65_HS1-834228961_62-HQ-83894_Section_5
Agency: FBI
Page 135
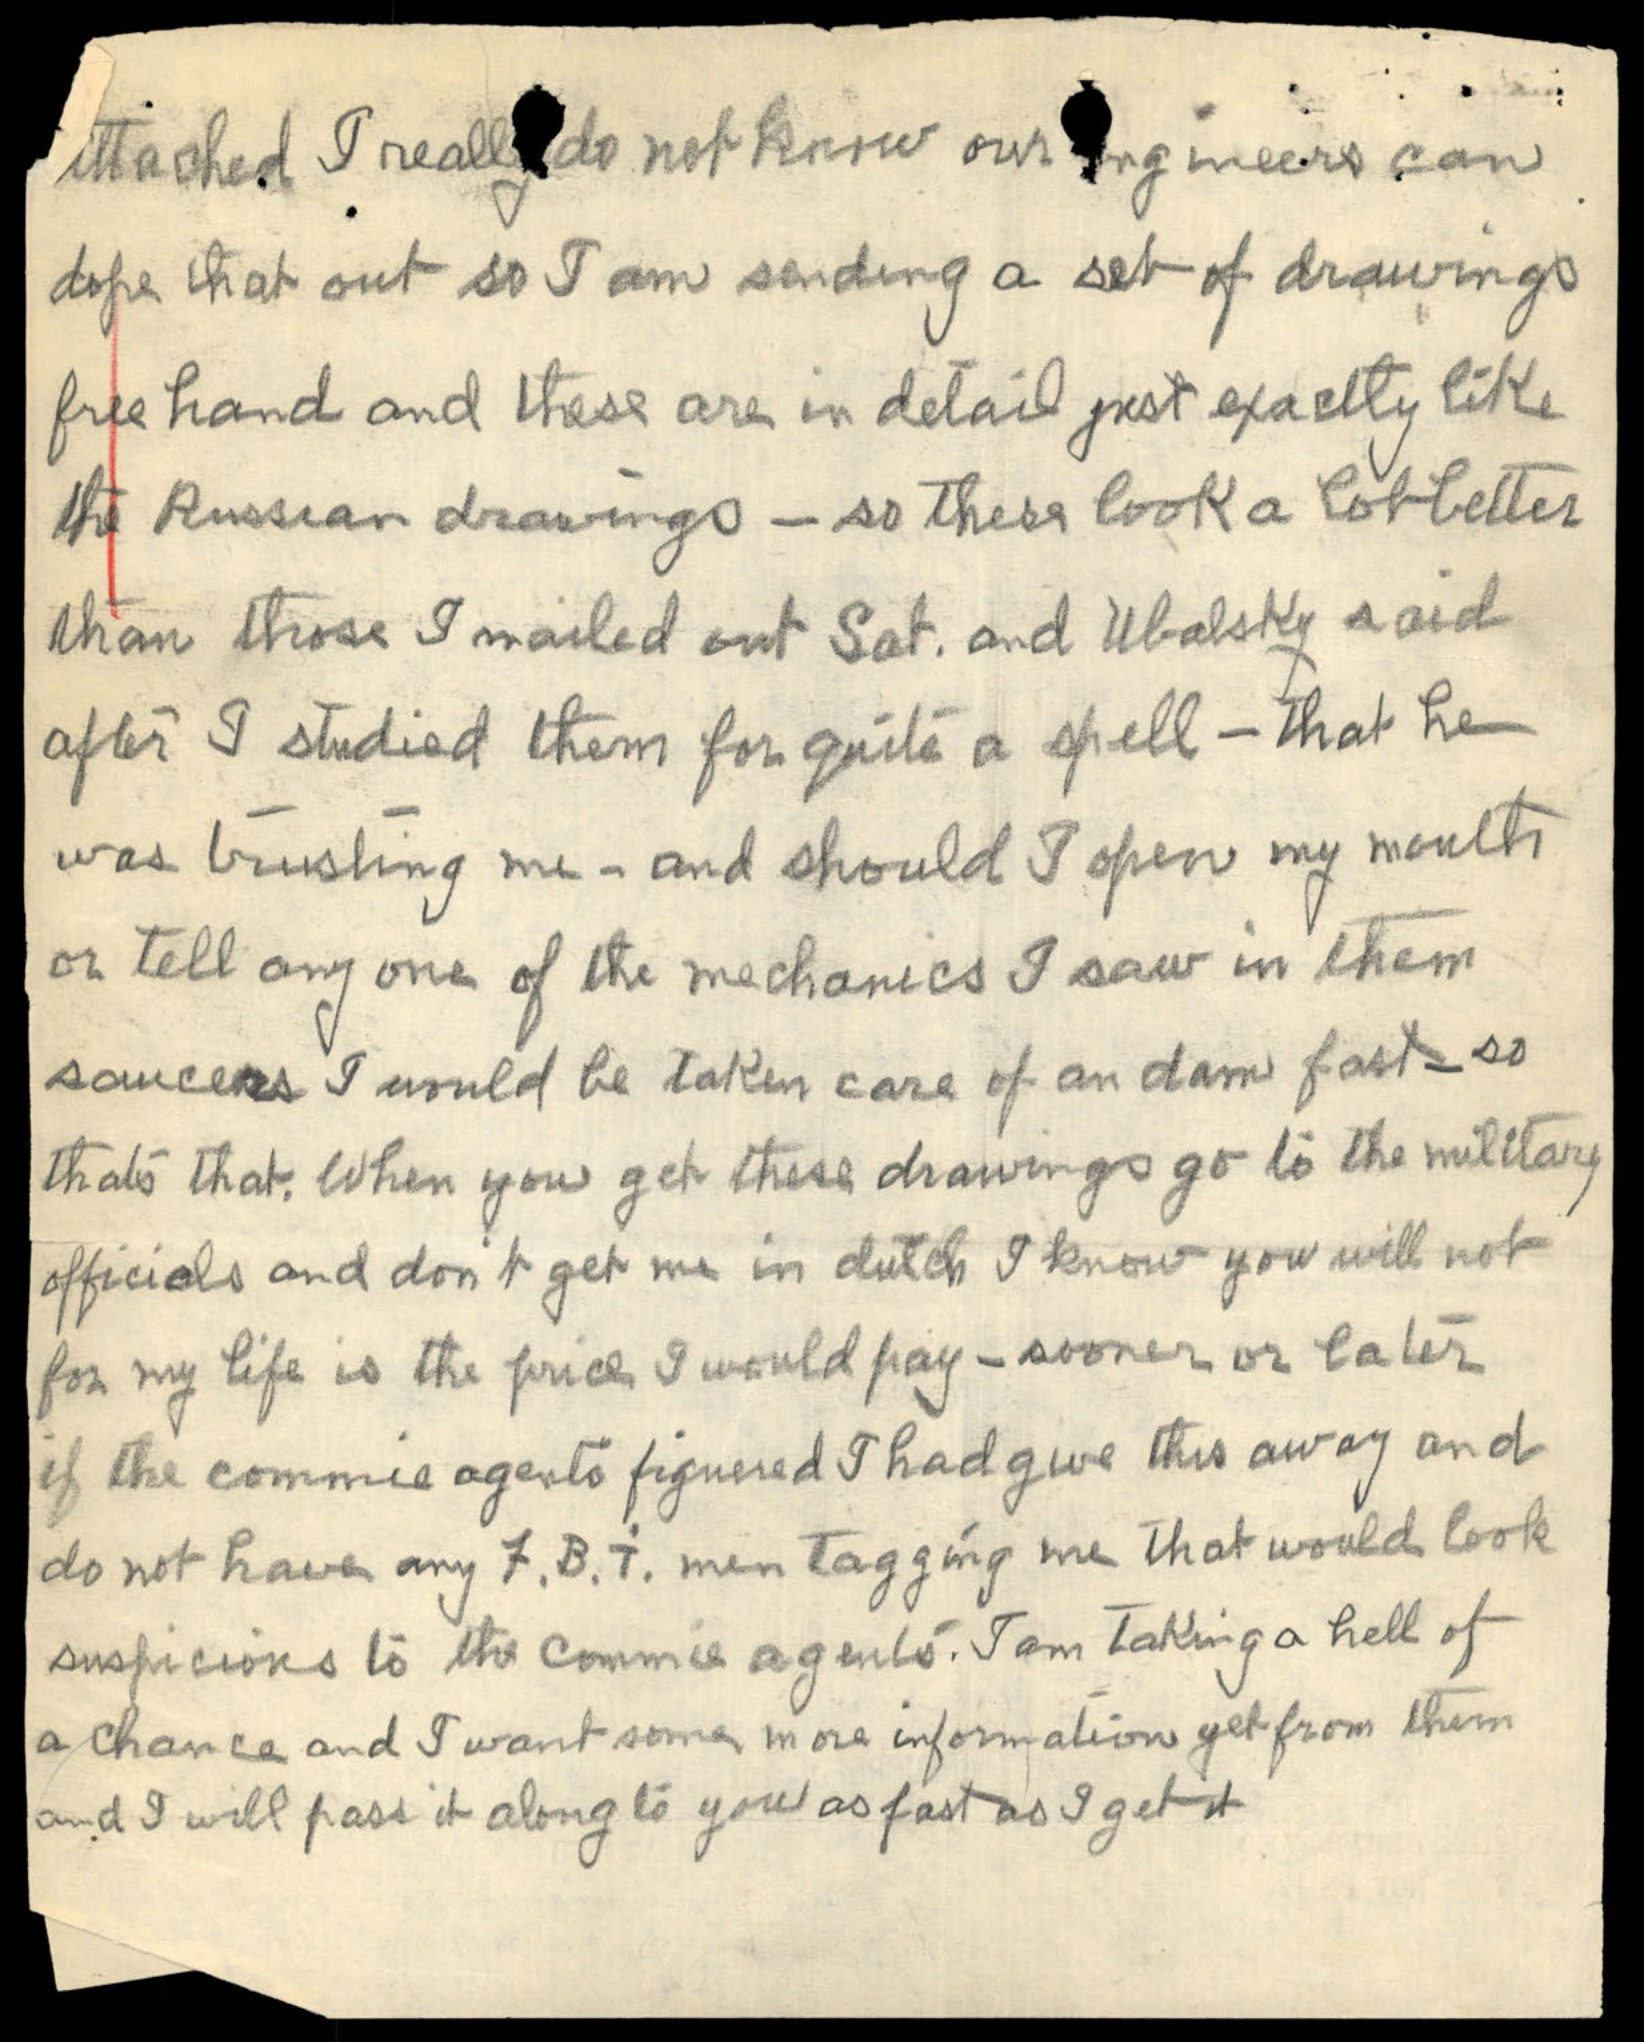